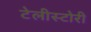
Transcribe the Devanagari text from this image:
टेलीस्टोरी